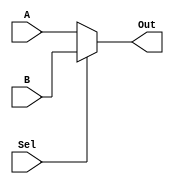
`timescale 1ns / 1ps
//////////////////////////////////////////////////////////////////////////////////
// Company: 
// Engineer: 
// 
// Design Name: 
// Module Name: mux2ne1
// Project Name: 
// Target Devices: 
// Tool Versions: 
// Description: 
// 
// Dependencies: 
// 
// Revision:
// Revision 0.01 - File Created
// Additional Comments:
// 
//////////////////////////////////////////////////////////////////////////////////


module mux2ne1(
    input A,
    input B,
    input Sel,
    output Out
);
    assign Out = Sel ? B : A;
endmodule